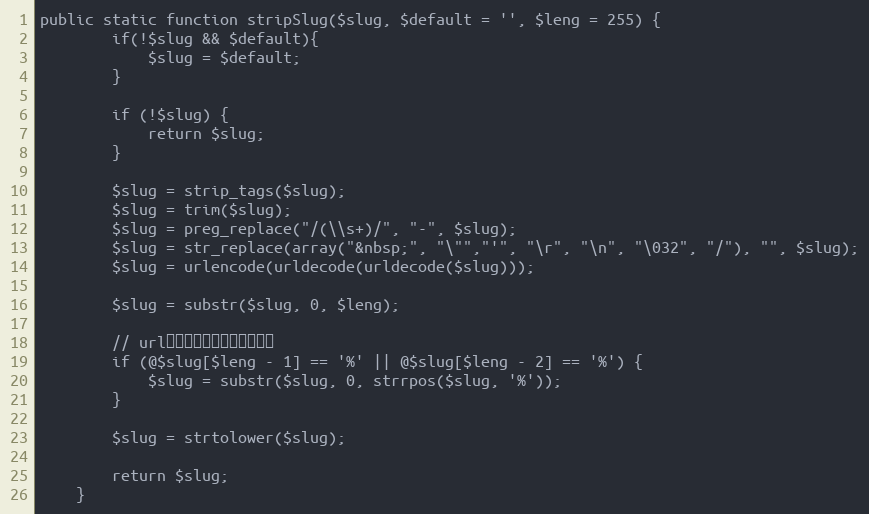
Language: PHP
public static function stripSlug($slug, $default = '', $leng = 255) {
		if(!$slug && $default){
			$slug = $default;
		}

		if (!$slug) {
			return $slug;
		}

		$slug = strip_tags($slug);
		$slug = trim($slug);
		$slug = preg_replace("/(\\s+)/", "-", $slug);
		$slug = str_replace(array("&nbsp;", "\"","'", "\r", "\n", "\032", "/"), "", $slug);
		$slug = urlencode(urldecode(urldecode($slug)));

		$slug = substr($slug, 0, $leng);

		// url编码字符部分被截掉的处理
		if (@$slug[$leng - 1] == '%' || @$slug[$leng - 2] == '%') {
			$slug = substr($slug, 0, strrpos($slug, '%'));
		}

		$slug = strtolower($slug);

		return $slug;
	}